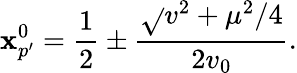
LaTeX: \mathbf{x}_{p^{\prime}}^{0}=\frac{{1}}{{2}}\pm\frac{{\sqrt{}{{v^{2}+\mu^{2}/4}}}}{{2v_{0}}}.